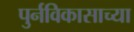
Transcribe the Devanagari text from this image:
पुर्नविकासाच्या